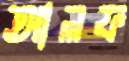
আলফ